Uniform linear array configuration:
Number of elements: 16
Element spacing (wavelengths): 0.75
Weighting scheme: blackman
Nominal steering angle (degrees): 15
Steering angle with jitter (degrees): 16.573
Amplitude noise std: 0.05
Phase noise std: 0.05

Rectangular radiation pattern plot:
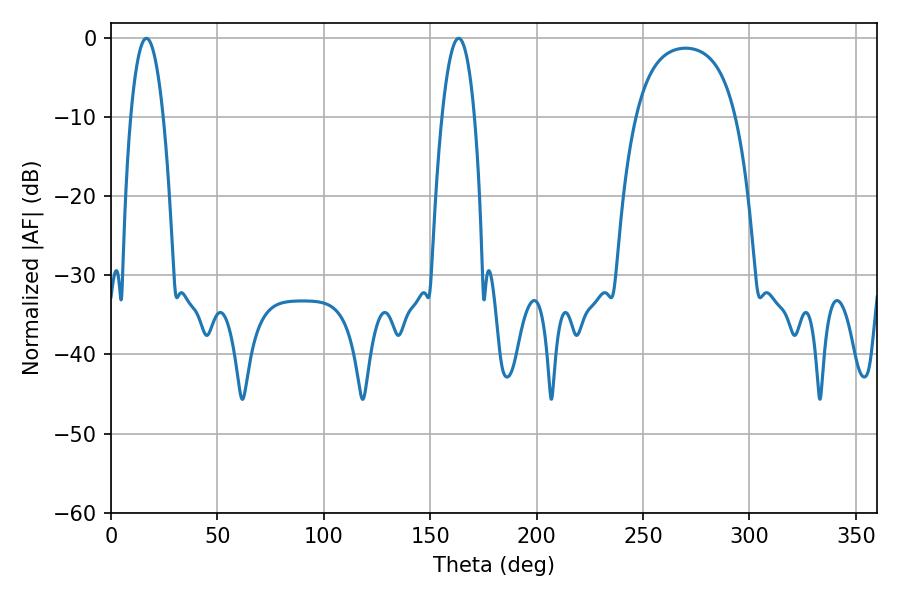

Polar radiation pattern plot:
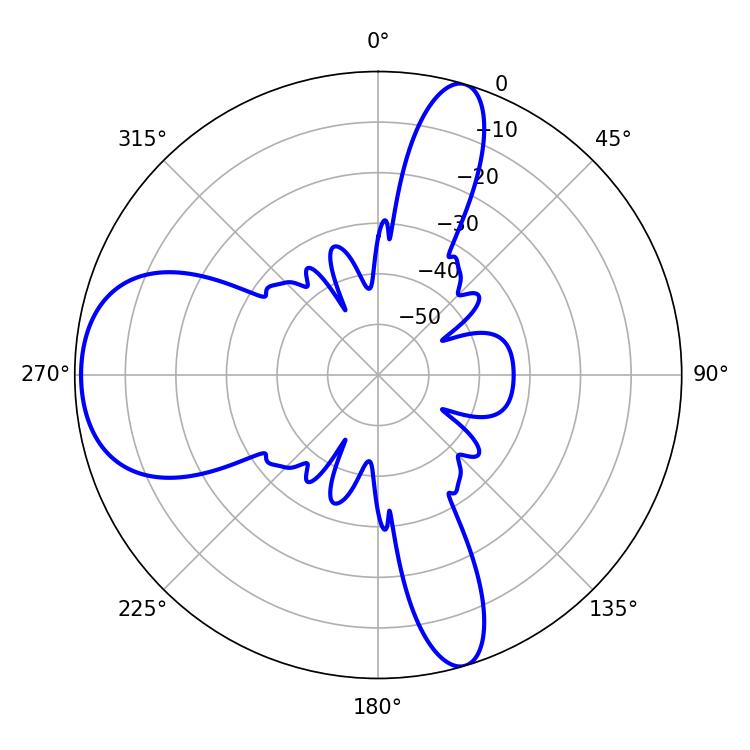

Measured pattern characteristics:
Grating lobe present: TRUE
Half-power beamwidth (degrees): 8.46
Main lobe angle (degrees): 16.56